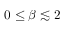
0 \leq \beta \lesssim 2